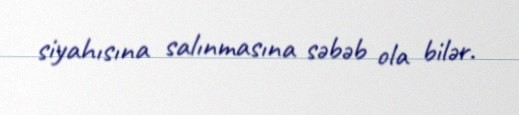
siyahısına salınmasına səbəb ola bilər.